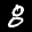
Label: 8